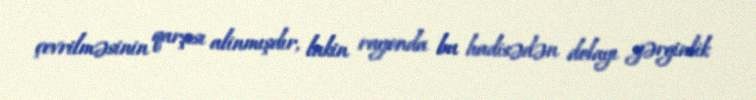
çevrilməsinin qarşısı alinmışdır, lakin rayonda bu hadisədən dolayı gərginlik